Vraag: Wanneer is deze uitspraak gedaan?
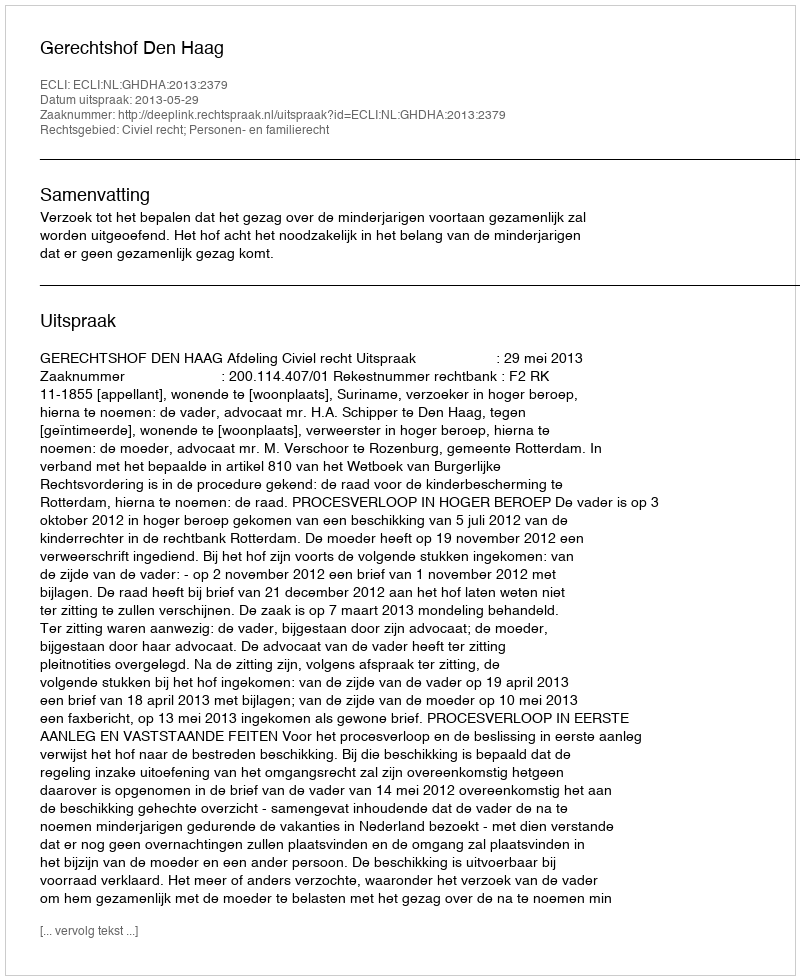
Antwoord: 2013-05-29